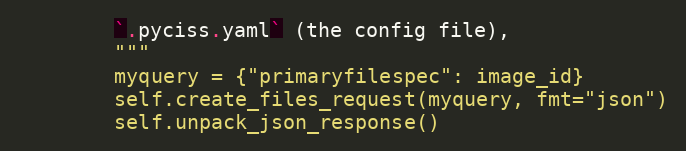
Language: Python
        `.pyciss.yaml` (the config file),
        """
        myquery = {"primaryfilespec": image_id}
        self.create_files_request(myquery, fmt="json")
        self.unpack_json_response()